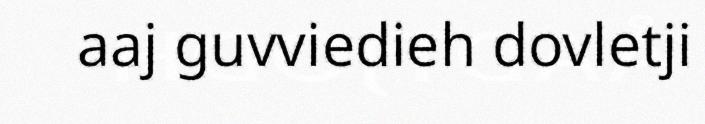
aaj guvviedieh dovletji